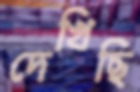
দেখিছি